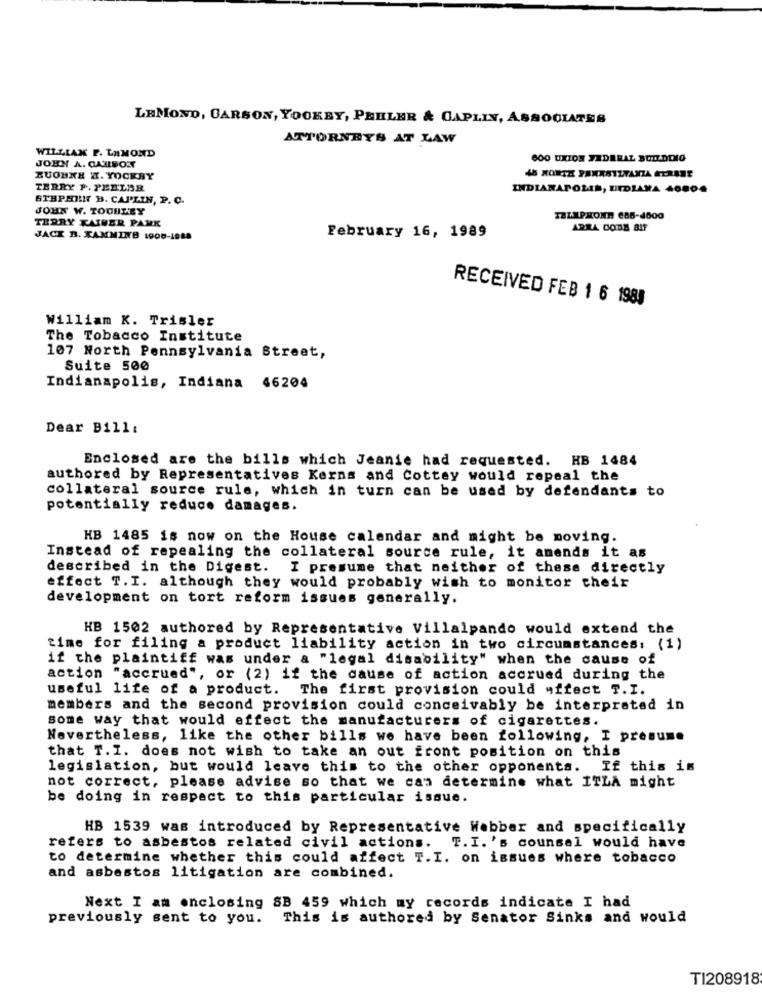
LEMOND, CARSON, YOOKBY, PEHLER & CAPLIN, ASSOCIATES
ATTORNEYS AT LAW
WILLIAN F. LAMOND
600 UXION FEDERAL BUDDDIO
JOHN A. CARBOL
XUOHNE X. YOOKBY
TERRY P. PEELBR
INDIANAPOLIS, UIDIANA 46000
STBPHII B. CAPLIN, P. C.
JOHN W. TODULEY
TERRY KAINER PAMK
TELIPHONE 685-4500
AREA CODE BIF
JACK B. XAMMING 1900-1988
February 16, 1989
RECEIVED FEB 1 6 1983
William K. Trisler
The Tobacco Institute
107 North Pennsylvania Street,
Suite 500
Indianapolis, Indiana 46204
Dear Bill:
Enclosed are the bills which Jeanie had requested. HB 1484
authored by Representatives Kerns and Cottey would repeal the
collateral source rule, which in turn can be used by defendants to
potentially reduce damages.
HB 1485 is now on the House calendar and might be moving.
Instead of repealing the collateral source rule, it amends it as
described in the Digest. I presume that neither of these directly
effect T. I. although they would probably wish to monitor their
development on tort reform issues generally.
HB 1502 authored by Representative Villalpando would extend the
time for filing a product liability action in two circumstances: (1)
if the plaintiff was under a "legal disability" when the cause of
action "accrued", or (2) if the cause of action accrued during the
useful life of a product. The first provision could affect T.I.
members and the second provision could conceivably be interpreted in
some way that would effect the manufacturers of cigarettes.
Nevertheless, like the other bills we have been following, I presume
that T.I. does not wish to take an out front position on this
legislation, but would leave this to the other opponents. If this is
not correct, please advise so that we can determine what ITLA might
be doing in respect to this particular issue.
HB 1539 was introduced by Representative Webber and specifically
refers to asbestos related civil actions. T.I.'s counsel would have
to determine whether this could affect T.I. on issues where tobacco
and asbestos litigation are combined.
Next I am enclosing SB 459 which my records indicate I had
previously sent to you. This is authored by Senator Sinks and would
TI208918